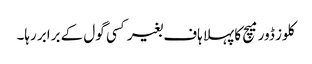
کلوز ڈور میچ کا پہلا ہاف بغیر کسی گول کے برابر رہا۔